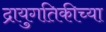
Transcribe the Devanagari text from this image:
द्रायुगतिकीच्या